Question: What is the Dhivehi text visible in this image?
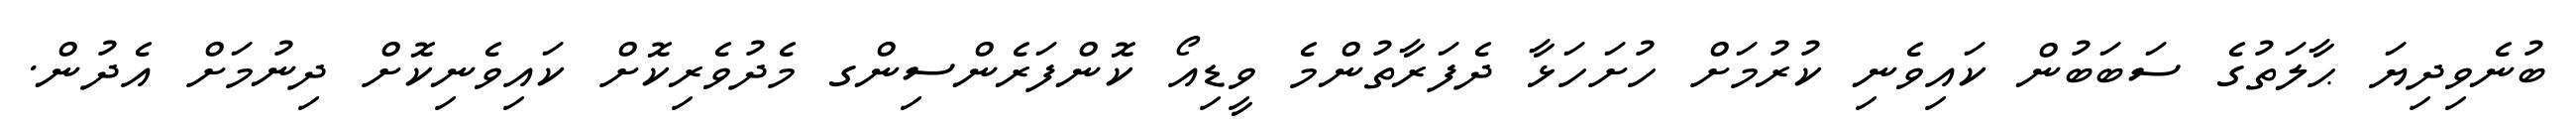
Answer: ބުނެވިދިޔަ ޙާލަތުގެ ސަބަބުން ކައިވެނި ކުރުމަށް ހުށަހަޅާ ދެފަރާތުންމެ ވީޑިއޯ ކޮންފަރެންސިންގ މެދުވެރިކޮށް ކައިވެނިކޮށް ދިނުމަށް އެދުން.